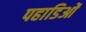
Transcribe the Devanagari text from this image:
पहाडिओं